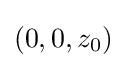
(0,0,z_{0})